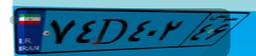
۷۶D۷۲۴۶۱